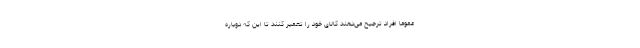
عموما افراد ترجیح می‌دهند کالای خود را تعمیر کنند تا این که دوباره